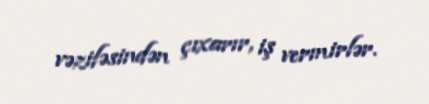
vəzifəsindən çıxarır, iş vermirlər.